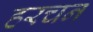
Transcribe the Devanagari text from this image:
हरचन